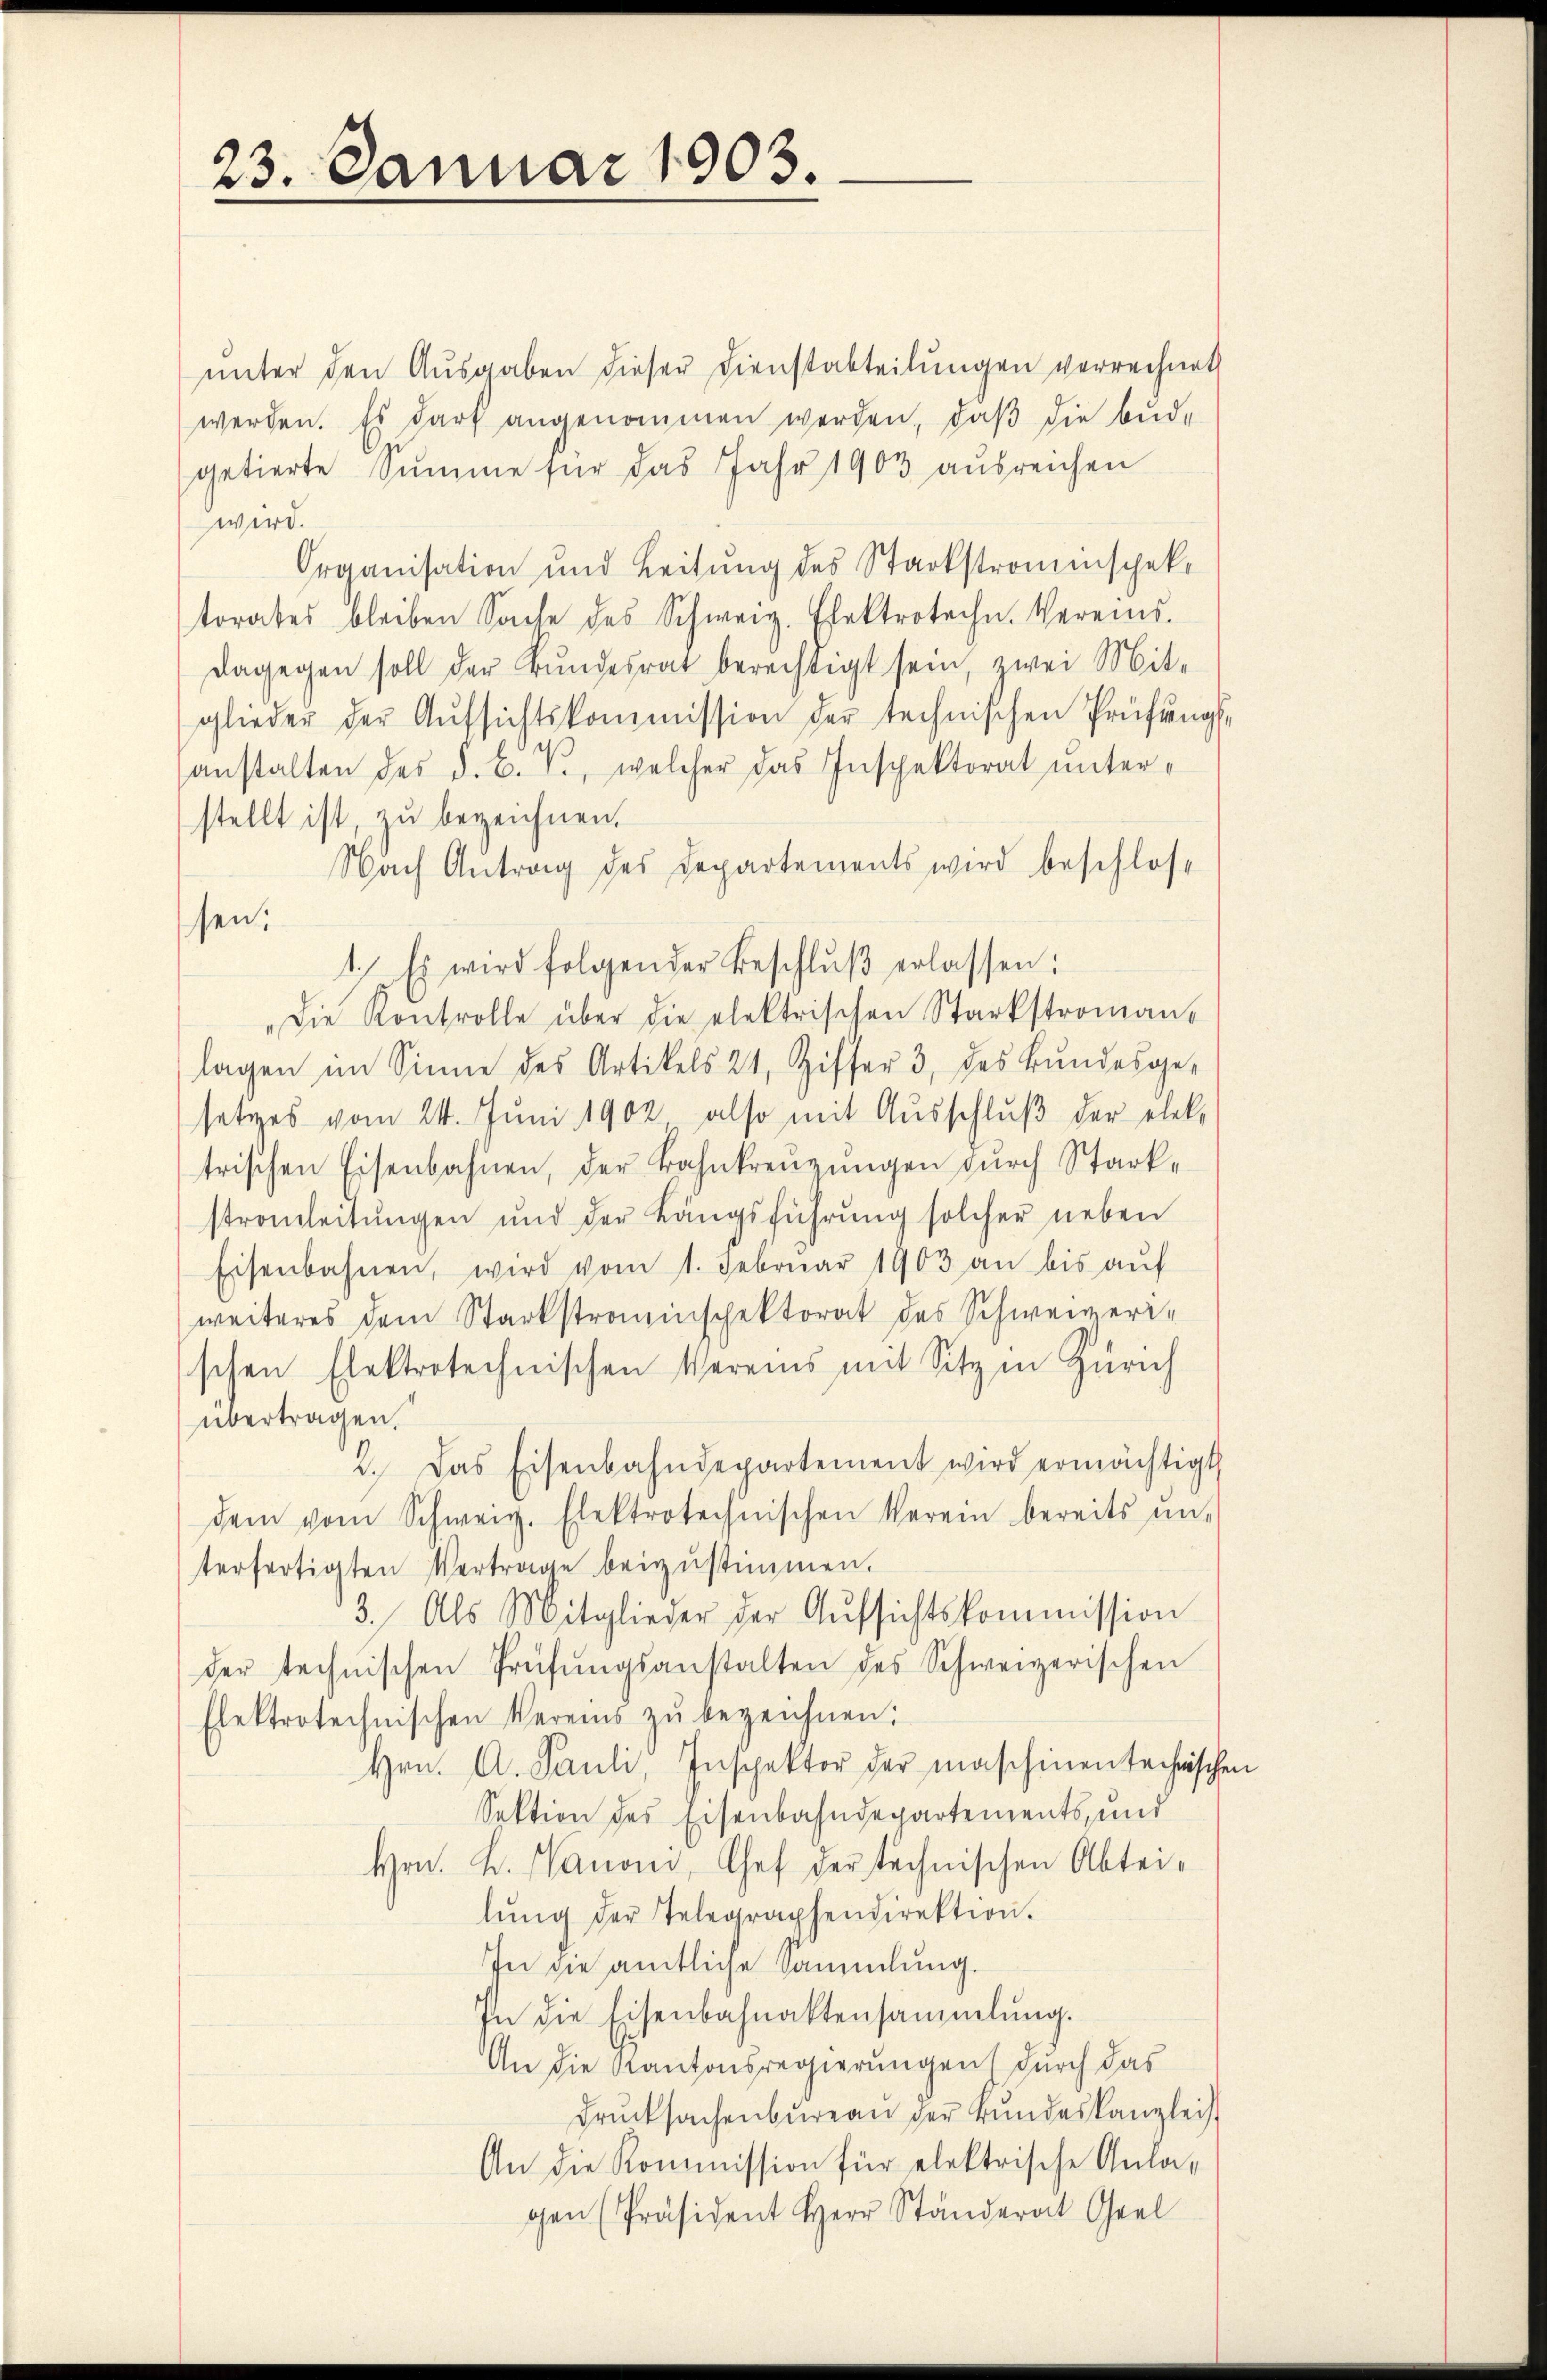
23. Januar 1903.

unter den Ausgaben dieser Dienstabteilungen verrechnet
werden. Es darf angenommen werden, daß die bude
getierte Summe für das Jahr 1903 aŭsreichen
wird.
Organisation und Leitŭng des Starkstromescheke
torates bleiben Sache des Schweiz. Elektrotechn. Vereins.
dagegen soll der Bŭndesrat berechtigt sein, zwei Mit-
glieder der Aŭfsichtskommission der technischen Prüfŭngs-
anstalten des d. B. V., welcher das Inspektorat ŭnter-
stellt ist, zu bezeichnen.
Nach Antrag des Departements wird beschlos
sen;
1.) Es wird folgender Beschlŭβ erlassen:
"Die Kontrolle über die elektrischen Starkstroman-
lagen im Sinne des Artikels 21, Ziffer 3. des Bŭndesge-
setzes vom 24. Juni 1902 also mit Ausschluß der elektrischen Eisenbahnen, der Bahnkreuzungen durch Stackstromleitŭngen und der Längsführŭng solcher neben
Eisenbahnen, wird vom 1. Febrŭar 1903 an bis aŭf
weiteres dem Starkstrainspektorat des Schweizerischen Elektrotechnischen Vereins mit Sitz in Zürich
übertragen.
2. Das Eisenbahndepartement wird ermächtigt
dem vom Schweiz. Elektrotechnischen Verein bereits mit
terfertigten Vertrage beizustimmen.
3. Als Mitglieder der Aŭfsichtskommission
der technischen Prüfŭngsanstalten des Schweizerischen
Elektrotechnischen Vereins zŭ bezeichnen.
Hrn. A. Pauli, Inspektor der maschinentechnischen
Sektion des Eisenbahndepartements, und
Hrn. L. Kanoni, Chef der technischen Abteilŭng der Telegraphendirektion.
In die amtliche Sammlung.
In die Eisenbahnaktensammlung.
An die Kantonsregierungen durch das
Drucksachenbureau der Bundeskanzlei
An die Kommission für elektrische Anlagen Präsident Herr Ständer Gel